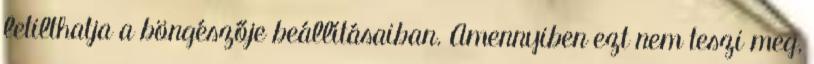
letilthatja a böngészője beállításaiban. Amennyiben ezt nem teszi meg,